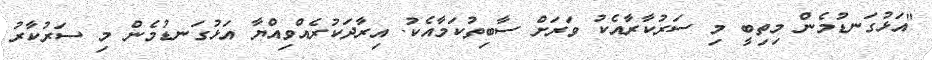
"އަޅުގަނޑުމެން މިތިބީ މި ސަރުކާރާއެކު ވަރަށް ސާބިތުކަމާއެކު. އިރާދަކުރެއްވިއްޔާ އަޅުގަނޑުމެން މި ސަރުކާރު